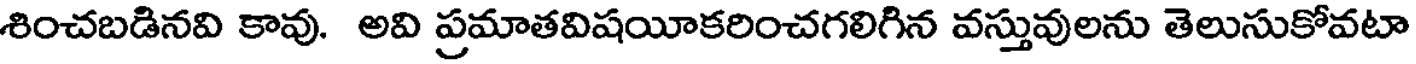
శించబడినవి కావు. అవి ప్రమాతవిషయీకరించగలిగిన వస్తువులను తెలుసుకోవటా